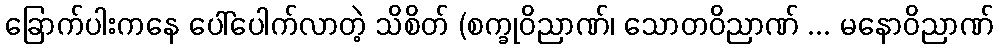
ခြောက်ပါးကနေ ပေါ်ပေါက်လာတဲ့ သိစိတ် (စက္ခုဝိညာဏ်၊ သောတဝိညာဏ် ... မနောဝိညာဏ်